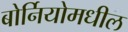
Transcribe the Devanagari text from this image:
बोर्नियोमधील